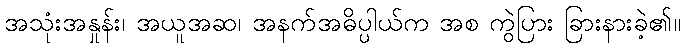
အသုံးအနှုန်း၊ အယူအဆ၊ အနက်အဓိပ္ပါယ်က အစ ကွဲပြား ခြားနားခဲ့၏။